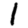
Digit: 1